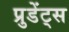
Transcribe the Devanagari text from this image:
प्रुडेंट्स